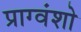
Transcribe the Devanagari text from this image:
प्राग्वंशो